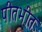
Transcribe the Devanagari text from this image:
पीतभीत